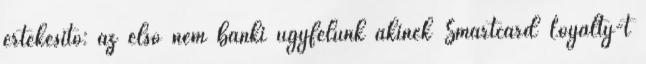
értékesítő: az első nem banki ügyfelünk akinek Smartcard Loyalty-t